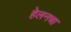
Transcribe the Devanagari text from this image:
हेलनचा